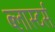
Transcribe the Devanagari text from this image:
ब्लास्टर्स